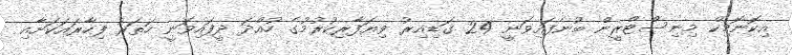
އިކޮނޮމިކް މިނިސްޓްރީން ބުނެފައިވަނީ 24 ގަޑިއިރު ވިޔަފާރިކުރުމުގެ ހުއްދަ ދީފައިވަނީ ހަތަރު ފިހާރައަކަށާއި